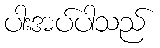
ပါးအပ်ပါသည်